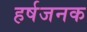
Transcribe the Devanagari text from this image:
हर्षजनक